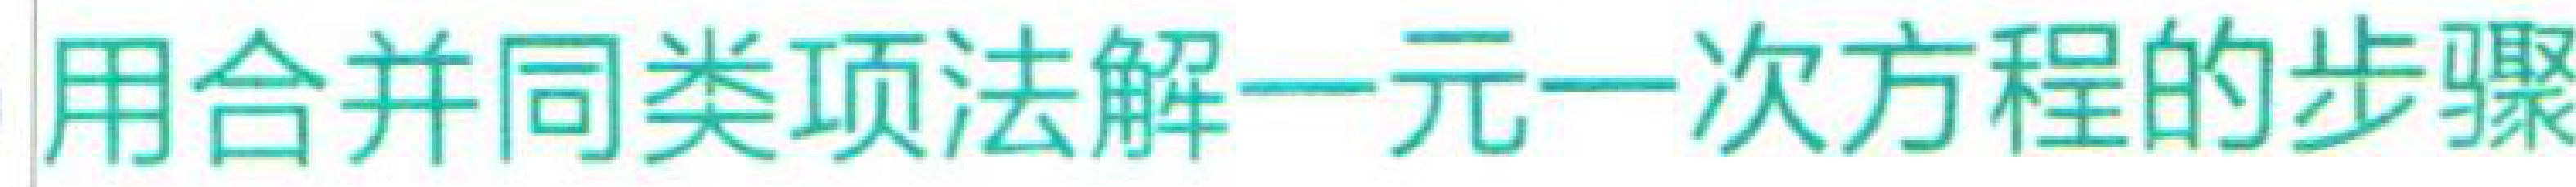
用合并同类项法解一元一次方程的步骤